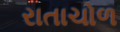
રાતાચોળ